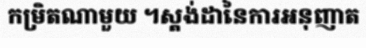
កម្រិតណាមួយ ។ស្តង់ដានៃការអនុញាត